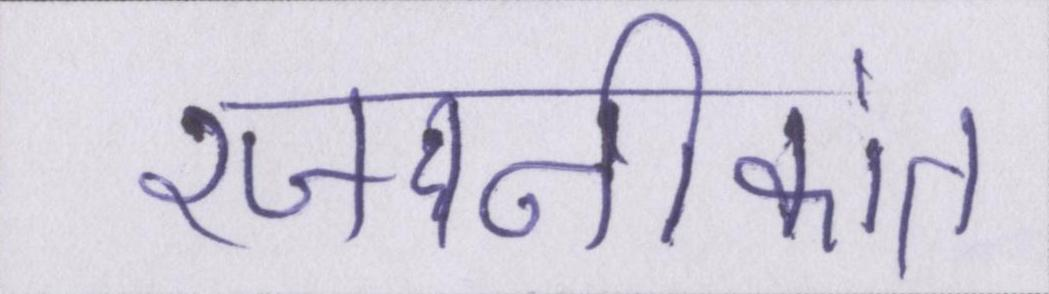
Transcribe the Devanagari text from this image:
रजनीकांत